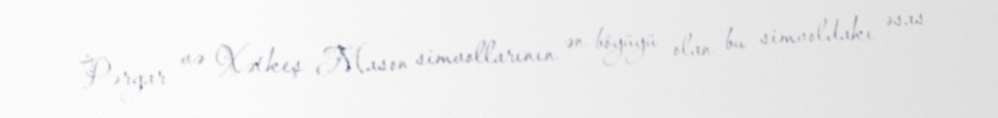
Pərgar və Xətkeş Mason simvollarının ən böyüyü olan bu simvoldakı əsas